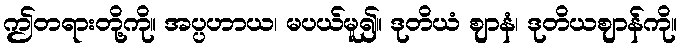
ဤတရားတို့ကို။ အပ္ပဟာယ၊ မပယ်မူ၍။ ဒုတိယံ ဈာနံ၊ ဒုတိယဈာန်ကို။